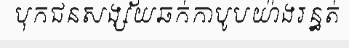
បុកជនសង្ស័យឆក់កាបូបយ៉ាងរន្ធត់